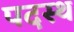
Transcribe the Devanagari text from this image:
पदस्‍थ